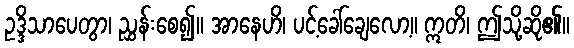
ဥဒ္ဒိသာပေတွာ၊ ညွှန်းစေ၍။ အာနေဟိ၊ ပင့်ခေါ်ချေလော့။ ဣတိ၊ ဤသို့ဆို၏။